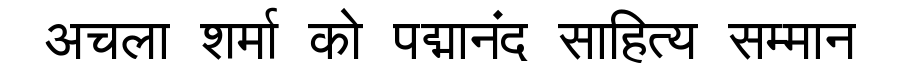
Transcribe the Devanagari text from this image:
अचला शर्मा को पद्मानंद साहित्य सम्मान